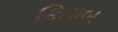
કિતાબ